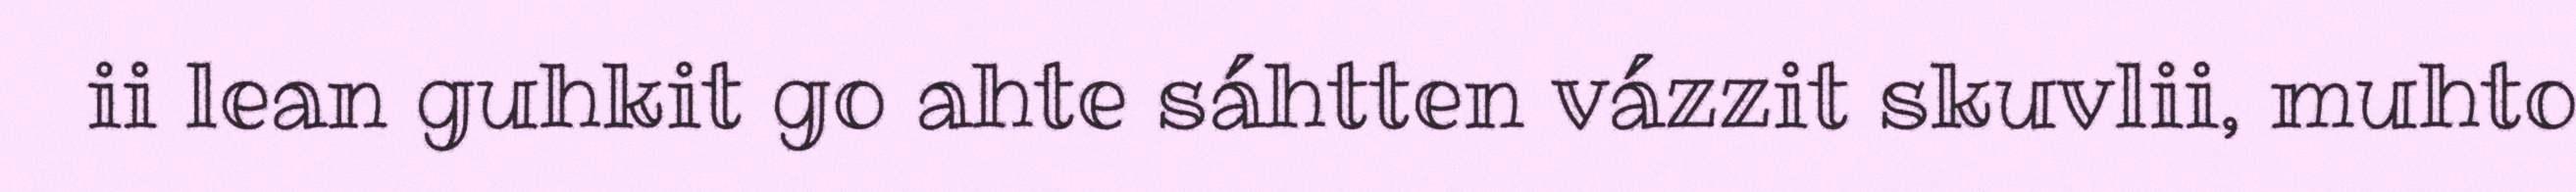
ii lean guhkit go ahte sáhtten vázzit skuvlii, muhto